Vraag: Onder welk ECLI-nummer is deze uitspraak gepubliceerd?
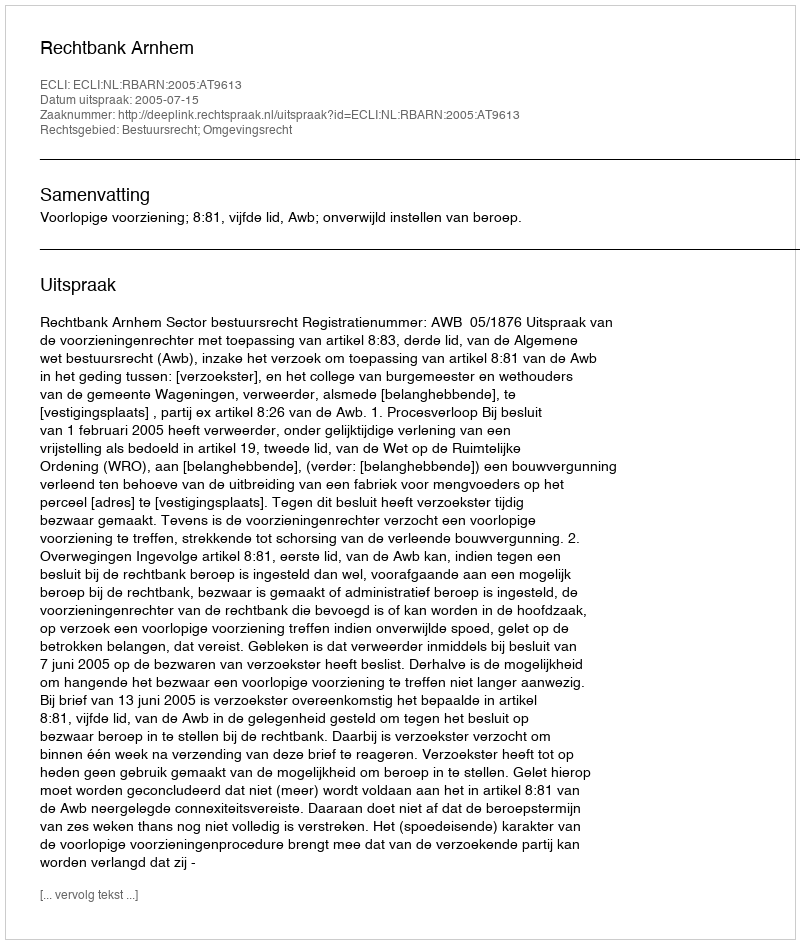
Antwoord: ECLI:NL:RBARN:2005:AT9613